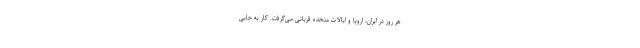
هر روز در ایران، اروپا و ایالات متحده قربانی می‌گرفت. کار به جایی